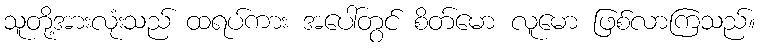
သူတို့အားလုံးသည် ထရပ်ကား အပေါ်တွင် စိတ်မော လူမော ဖြစ်လာကြသည်။